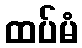
ထပ်မံ